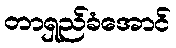
တာရှည်ခံအောင်